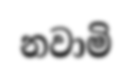
නවාමි